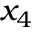
x _ { 4 }